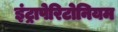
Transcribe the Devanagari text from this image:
इंट्रापेरिटोनियम